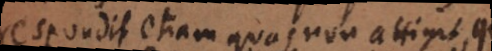
respondit etiam quas non attigit